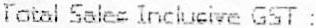
TOTAL SALES INCLUSIVE GST :